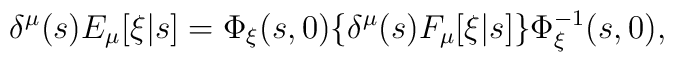
\delta^\mu(s) E_\mu[\xi|s] = \Phi_\xi(s,0) \{\delta^\mu(s) F_\mu[\xi|s]\}   \Phi_\xi^{-1}(s,0),